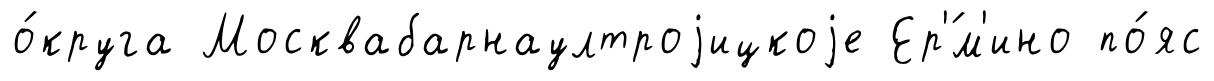
о́круга Москвабарнаултроjицкоjе Ер'́м'ино по́яс